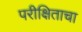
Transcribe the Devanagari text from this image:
परीक्षिताचा